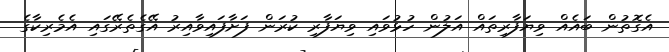
އެގޮތުން ބައެއް ވިޔަފާރިތައް އަލުން ހުޅުވައި ވިޔަފާރި ކުރަން ފަށާފައިވާއިރު އޭގެތެރޭގައި އެމެރިކާގެ